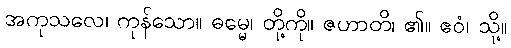
အကုသလေ၊ ကုန်သော။ ဓမ္မေ၊ တို့ကို။ ဇဟာတိ၊ ၏။ ဧဝံ၊ သို့။